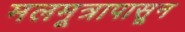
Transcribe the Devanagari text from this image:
मलमूत्रापासून